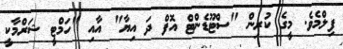
ފިލްމެވެ. މީގެ ކުރިން "ސްޓޫޑެންޓް އޮފް ދަ އިޔާ" އާއި "ހަމްޓީ ޝަރްމާކީ